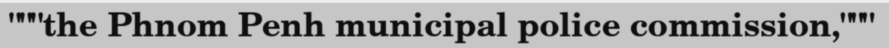
"""the Phnom Penh municipal police commission,"""